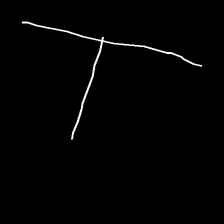
Glyph: column